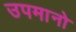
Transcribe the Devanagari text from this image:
उपमानो